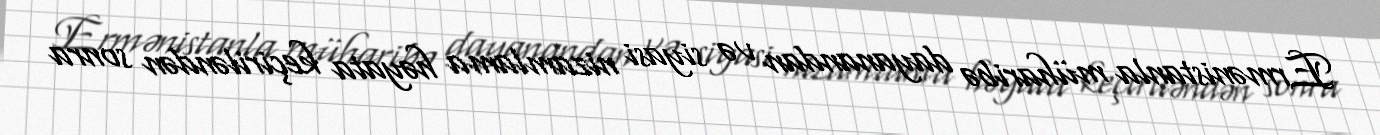
Ermənistanla müharibə dayanandan və siyasi nizamlama həyata keçiriləndən sonra